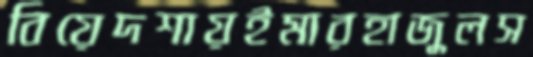
বিয়েদশায়ইমারহাজুলস